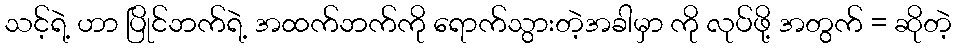
သင့်ရဲ့ ဟာ ပြိုင်ဘက်ရဲ့ အထက်ဘက်ကို ရောက်သွားတဲ့အခါမှာ ကို လုပ်ဖို့ အတွက် = ဆိုတဲ့